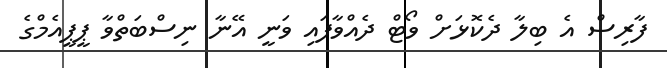
ފާރިސް އެ ބިލާ ދެކޮޅަށް ވޯޓް ދެއްވާފައި ވަނީ އޭނާ ނިސްބަތްވާ ޕީޕީއެމްގެ